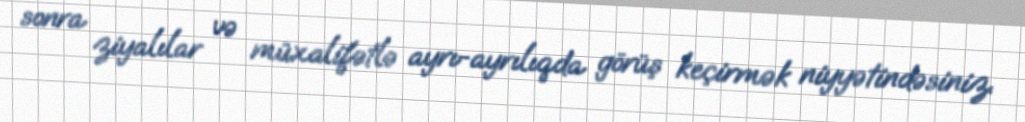
sonra ziyalılar və müxalifətlə ayrı-ayrılıqda görüş keçirmək niyyətindəsiniz.